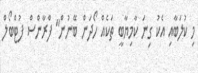
މި ކުލަބާއި އެކު ގިނަ ކާމިޔާބީ ތަކެއް ހޯދަން ބޭނުން" ފްރާންސް ފުޓްބޯލް